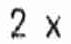
2 X